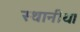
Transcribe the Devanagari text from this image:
स्‍थानीय।